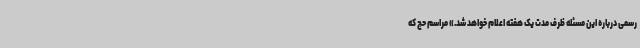
رسمی درباره این مسئله ظرف مدت یک هفته اعلام خواهد شد.» مراسم حج که